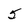
Character: 5